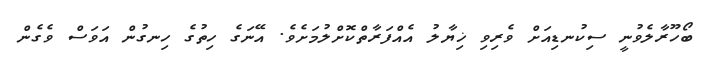
ބޯހޫރާލެވުނީ ސިކުނޑިއަށް ވެރިވި ޚިޔާލު އެއްފަރާތްކޮށްލުމަށެވެ. އޭނަގެ ހިތުގެ ހިނގުން އަވަސް ވެގެން